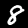
Digit: 8